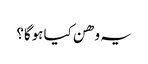
یہ وھن کیا ہوگا؟